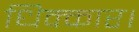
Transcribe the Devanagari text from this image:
धिक्कार।